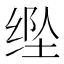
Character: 𱺥